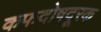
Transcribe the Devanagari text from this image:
कफदोषदूरक